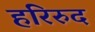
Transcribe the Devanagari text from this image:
हरिरुद